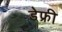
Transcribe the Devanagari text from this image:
डेफ्री